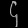
Digit: ၄